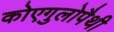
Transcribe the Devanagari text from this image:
कोएगुलोपैथी